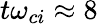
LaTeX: t\omega_{ci}\approx 8